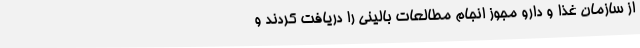
از سازمان غذا و دارو مجوز انجام مطالعات بالینی را دریافت کردند و